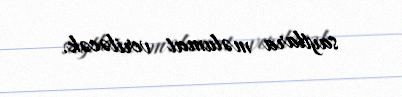
saytlara məlumat veriləcək.